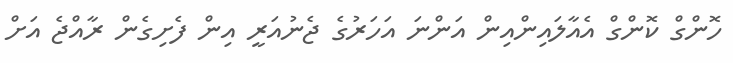
ހޮންގް ކޮންގް އެއާލައިންއިން އަންނަ އަހަރުގެ ޖެނުއަރީ އިން ފެށިގެން ރާއްޖެ އަށް